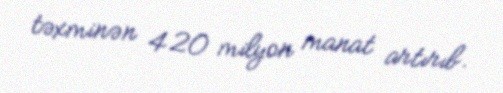
təxminən 420 milyon manat artırıb.